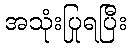
အသုံးပြုရပြီး